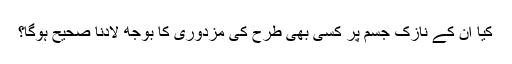
کیا ان کے نازک جسم پر کسی بھی طرح کی مزدوری کا بوجھ لادنا صحیح ہوگا؟